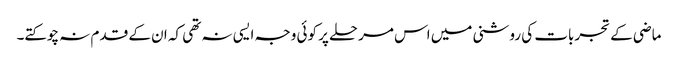
ماضی کے تجربات کی روشنی میں اس مرحلے پر کوئی وجہ ایسی نہ تھی کہ ان کے قدم نہ چوکتے۔